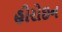
હીરોઇન